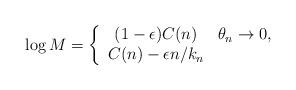
LaTeX: \begin{align*} \log M = \left\{ \begin{array}{cc} (1 - \epsilon) C(n) & \theta_n \to 0, \\ C(n) - \epsilon n / k_n & \end{array} \right. \end{align*}